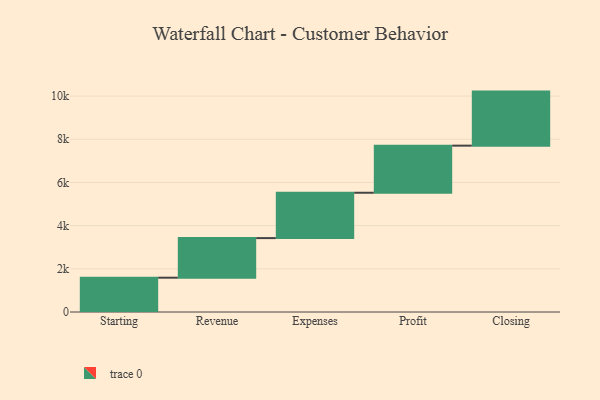
{"axis": {"x": "Step", "y": "Value"}, "legend": [""], "data": [{"x": "Starting", "y": 1589.0, "type": ""}, {"x": "Revenue", "y": 1833.0, "type": ""}, {"x": "Expenses", "y": 2100.0, "type": ""}, {"x": "Profit", "y": 2181.0, "type": ""}, {"x": "Closing", "y": 2503.0, "type": ""}]}